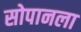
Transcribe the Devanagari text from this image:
सोपानला